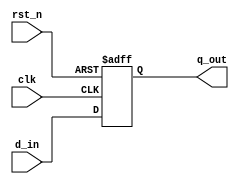
module sequential_logic_example (
    input wire clk,          // Clock input
    input wire rst_n,       // Active-low reset
    input wire [3:0] d_in,  // 4-bit data input
    output reg [3:0] q_out   // 4-bit registered output
);

// Always block sensitive to the rising edge of the clock or the active low reset
always @(posedge clk or negedge rst_n) begin
    if (!rst_n) begin
        // Asynchronous reset: initialize output to zero
        q_out <= 4'b0000; // Non-blocking assignment for reset
    end else begin
        // Non-blocking assignment to model a register behavior
        q_out <= d_in; // Capture data input on clock edge
    end
end

endmodule